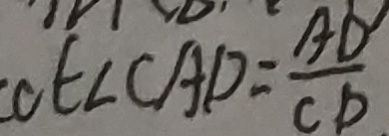
\angle C A D = \frac { A D } { C D }